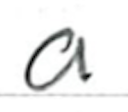
Text: a
Cross-out: clean
Writing tool: ballpoint